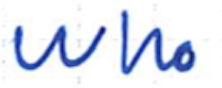
Text: who
Cross-out: clean
Writing tool: ballpoint